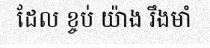
ដែល ខ្ចប់ យ៉ាង រឹងមាំ